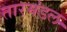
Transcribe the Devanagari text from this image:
तारमंडल